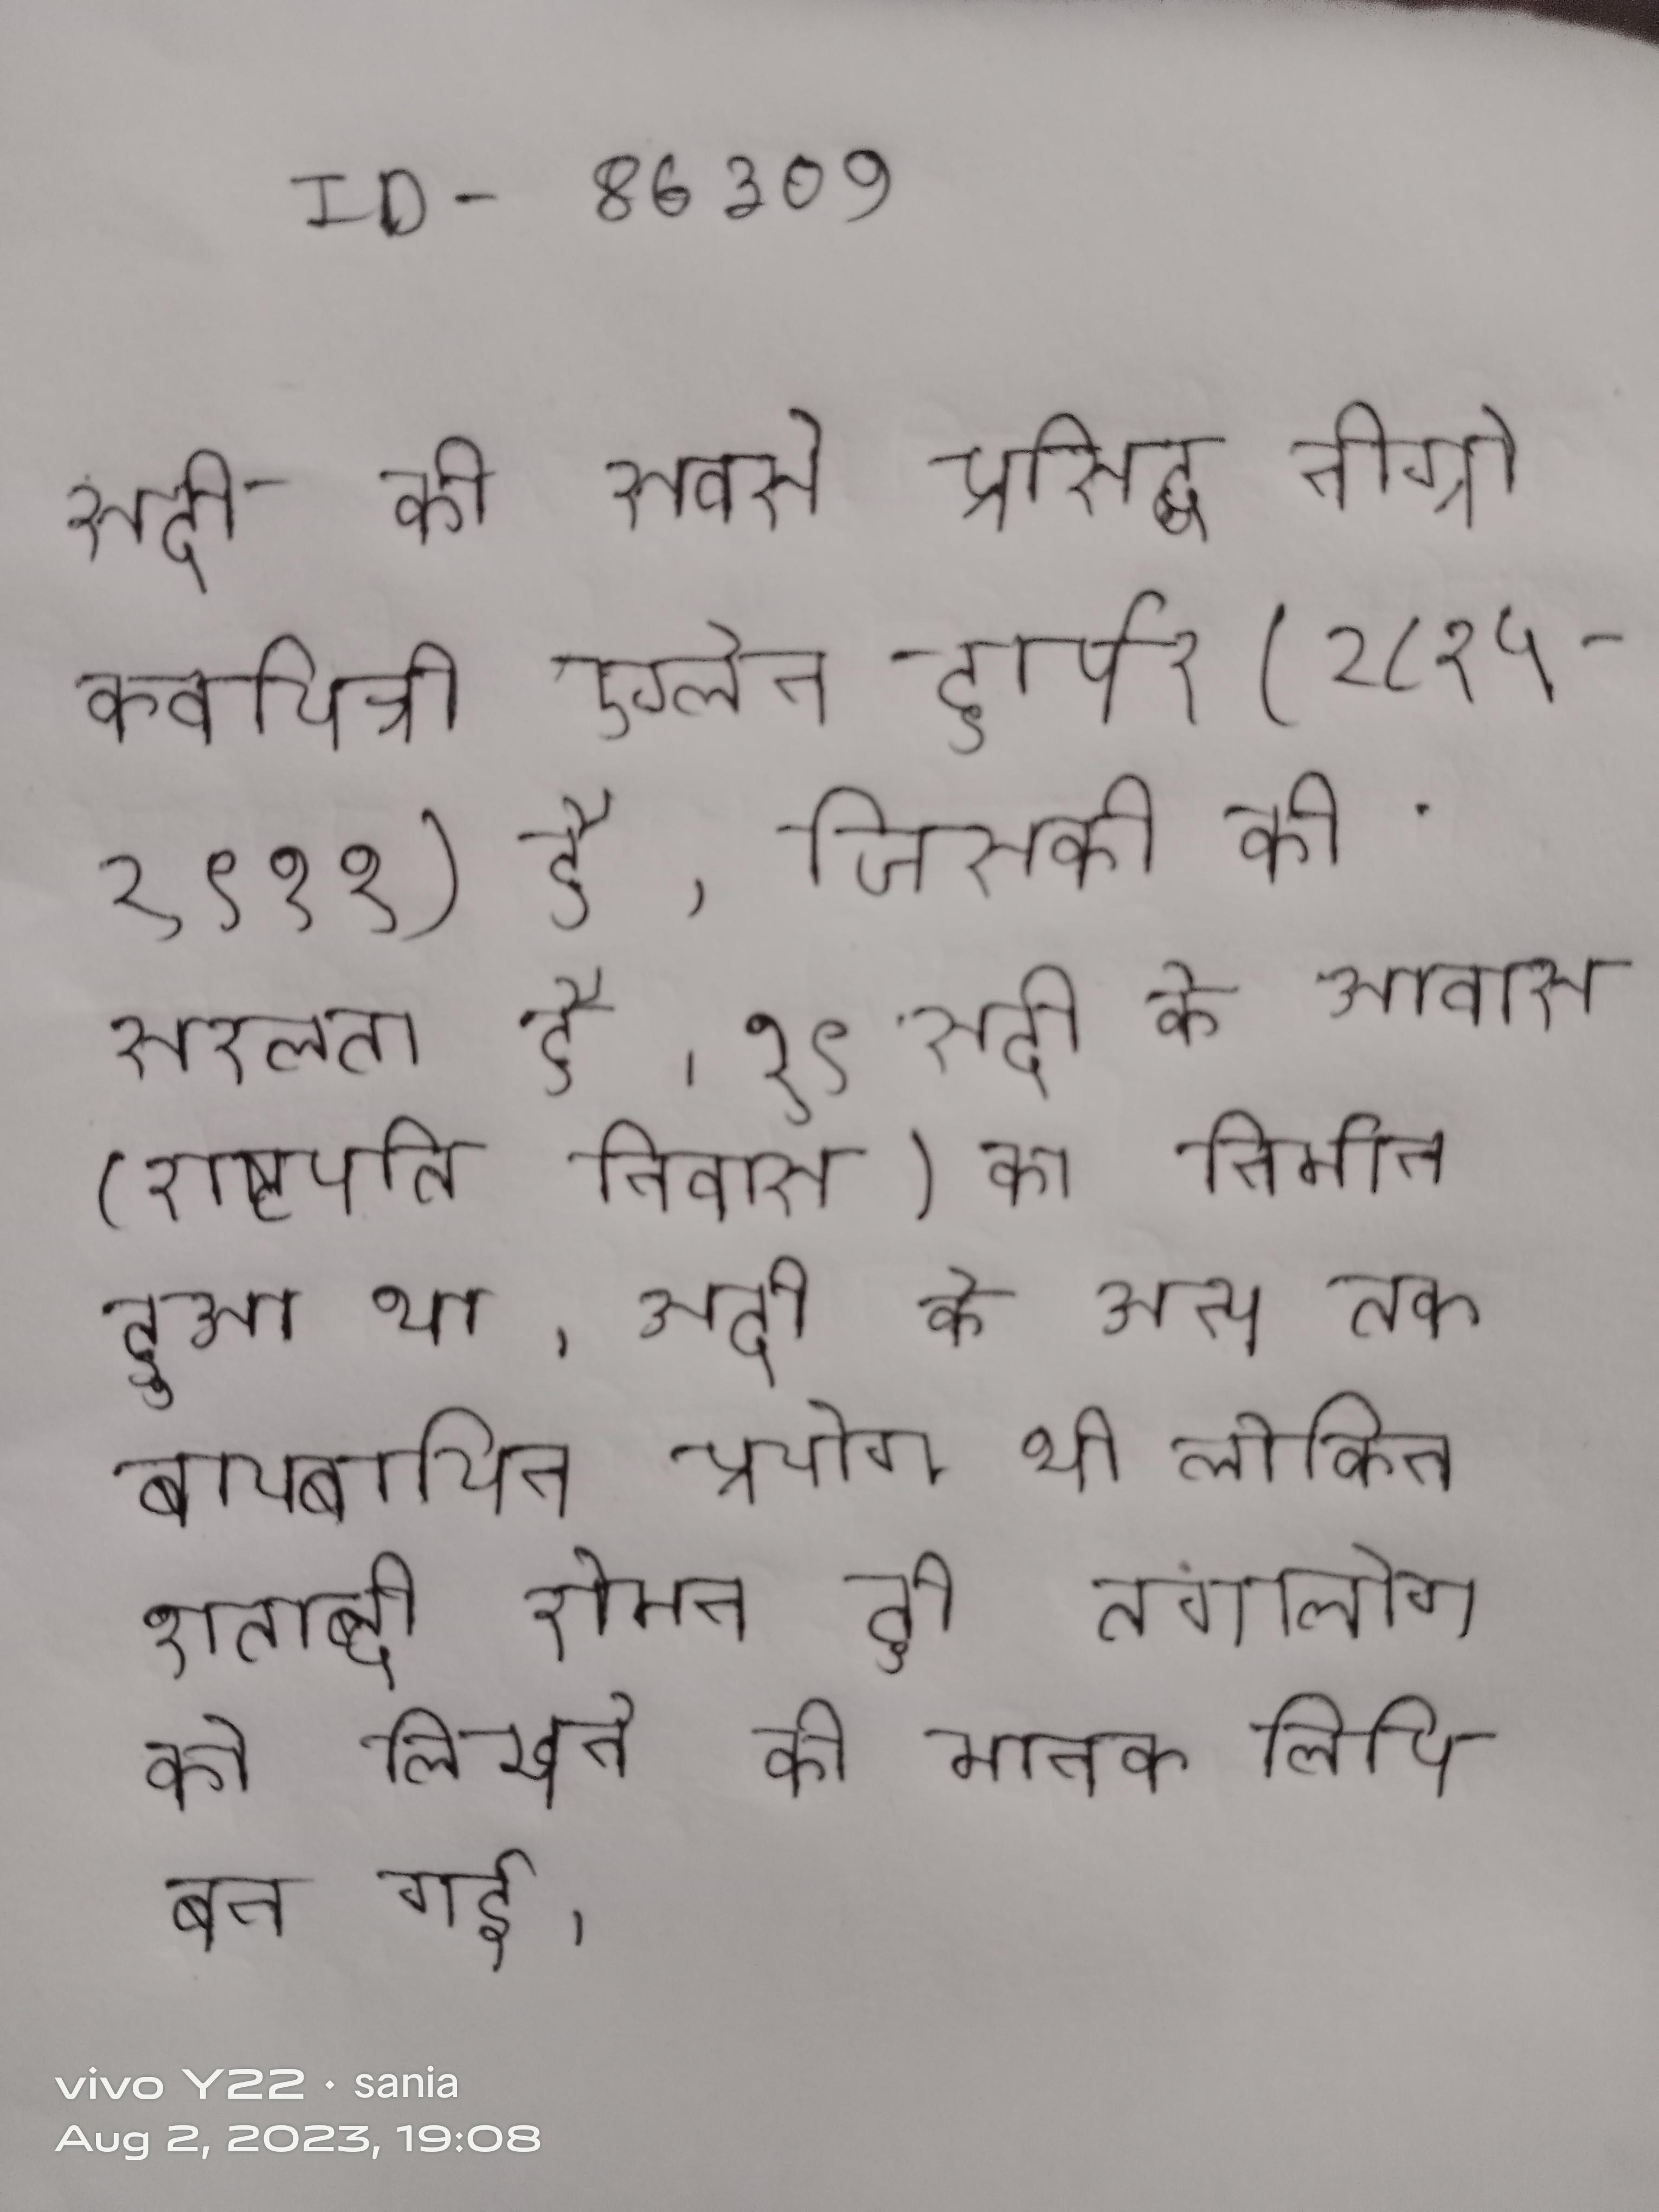
सदी की सबसे प्रसिद्ध नीग्रो कवयित्री ऐलेन हार्पर (१८२५-१९११) है, जिसकी की सरलता है । १९ सदी के ब्रिटिश वाइसरॉय के आवास (राष्ट्रपति निवास) का निर्माण हुआ था । सदी के अन्त तक बायबायिन प्रयोग थी लेकिन शताब्दी रोमन ही तगालोग को लिखने की मानक लिपि बन गई ।